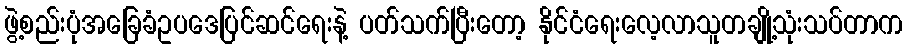
ဖွဲ့စည်းပုံအခြေခံဥပဒေပြင်ဆင်ရေးနဲ့ ပတ်သက်ပြီးတော့ နိုင်ငံရေးလေ့လာသူတချို့သုံးသပ်တာက